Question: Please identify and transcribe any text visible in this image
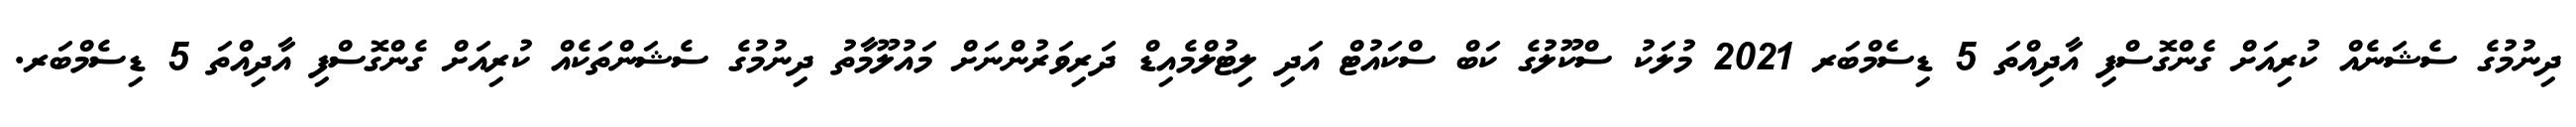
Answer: ދިނުމުގެ ސެޝަނެއް ކުރިއަށް ގެންގޮސްފި އާދިއްތަ 5 ޑިސެމްބަރ 2021 މުލަކު ސްކޫލުގެ ކަބް ސްކައުޓް އަދި ލިޓުލްމެއިޑް ދަރިވަރުންނަށް މައުލޫމާތު ދިނުމުގެ ސެޝަންތަކެއް ކުރިއަށް ގެންގޮސްފި އާދިއްތަ 5 ޑިސެމްބަރ.